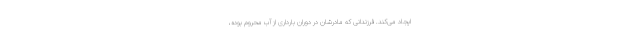
ایجاد می‌کند. فرزندانی که مادرشان در دوران بارداری از آب محروم بوده،